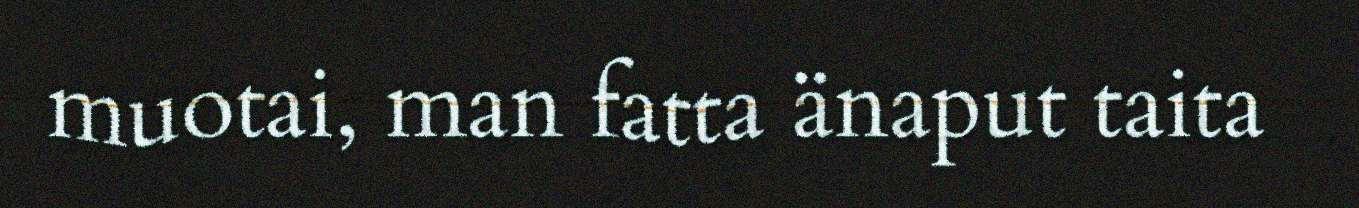
muotai, man fatta änaput taita